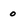
Character: o